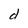
Character: a